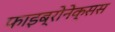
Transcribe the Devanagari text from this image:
फाइब्रोनेक्सस